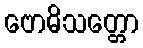
ဗောဓိသတ္တော